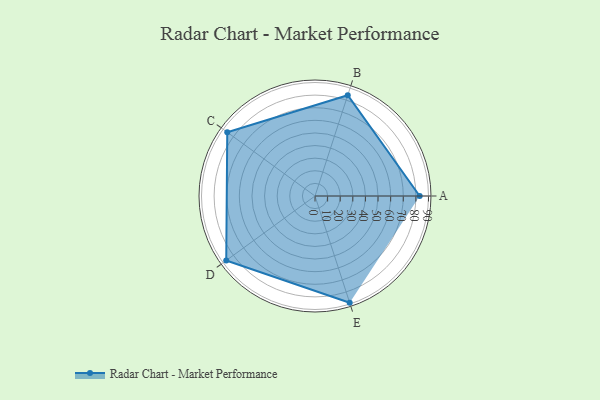
{"axis": {"x": "Skill", "y": "Score"}, "legend": ["Profile"], "data": [{"x": "A", "y": 83.0, "type": "Profile"}, {"x": "B", "y": 84.0, "type": "Profile"}, {"x": "C", "y": 86.0, "type": "Profile"}, {"x": "D", "y": 87.0, "type": "Profile"}, {"x": "E", "y": 89.0, "type": "Profile"}]}